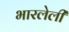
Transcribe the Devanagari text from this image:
भारलेली